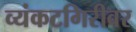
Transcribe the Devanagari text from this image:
व्यंकटगिरीवर